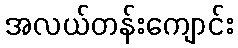
အလယ်တန်းကျောင်း